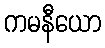
ကမနီယော